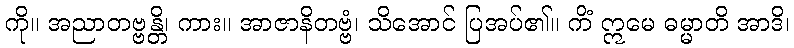
ကို။ အညာတဗ္ဗန္တိ၊ ကား။ အာဇာနိတဗ္ဗံ၊ သိအောင် ပြအပ်၏။ ကိံ ဣမေ ဓမ္မာတိ အာဒိ၊